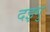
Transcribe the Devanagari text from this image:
दइगु